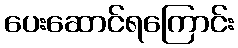
ပေးဆောင်ရကြောင်း